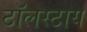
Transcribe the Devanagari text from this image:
टॉलस्टाय